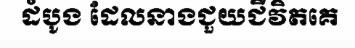
ដំបូង ដែលនាងជួយជីវិតគេ